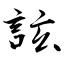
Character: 詃